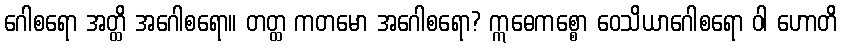
ဂေါစရော အတ္ထိ အဂေါစရော။ တတ္ထ ကတမော အဂေါစရော? ဣဓေကစ္စော ဝေသိယာဂေါစရော ဝါ ဟောတိ